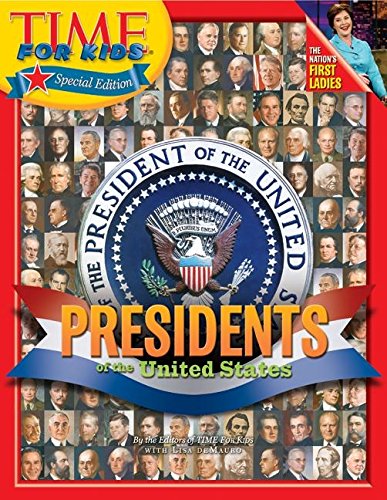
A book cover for Time for Kids: Presidents of the United States; Editors of TIME For Kids; Children's Books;